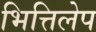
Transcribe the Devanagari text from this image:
भित्तिलेप